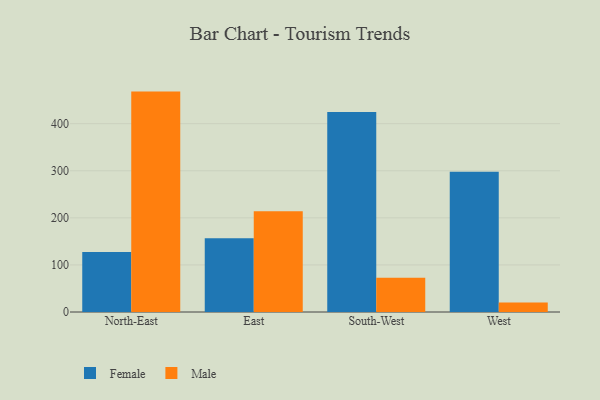
{"axis": {"x": "Region", "y": "Inventory Turnover"}, "legend": ["Female", "Male"], "data": [{"x": "North-East", "y": 127.4, "type": "Female"}, {"x": "North-East", "y": 468.2, "type": "Male"}, {"x": "East", "y": 156.7, "type": "Female"}, {"x": "East", "y": 213.9, "type": "Male"}, {"x": "South-West", "y": 424.7, "type": "Female"}, {"x": "South-West", "y": 72.9, "type": "Male"}, {"x": "West", "y": 297.9, "type": "Female"}, {"x": "West", "y": 20.1, "type": "Male"}]}